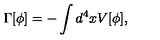
\Gamma [ \phi ] = - \int d ^ { 4 } x V [ \phi ] ,